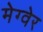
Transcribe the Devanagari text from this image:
मेग्वेर